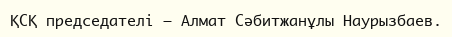
ҚСҚ председателі — Алмат Сәбитжанұлы Наурызбаев.